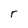
Character: r